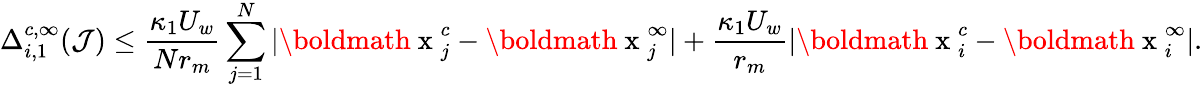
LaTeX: \Delta_{i,1}^{c,\infty}({\mathcal J})\leq\frac{\kappa_{1}U_{w}}{Nr_{m}}\sum_{j=1}^{N}|\mathrm{\boldmath~x~}_{j}^{c}-\mathrm{\boldmath~x~}_{j}^{\infty}|+\frac{\kappa_{1}U_{w}}{r_{m}}|\mathrm{\boldmath~x~}_{i}^{c}-\mathrm{\boldmath~x~}_{i}^{\infty}|.